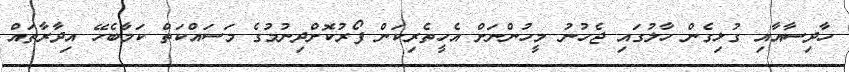
ހާދިސާއާއި ގުޅިގެން ހާލުގައި ޖެހުނު މީހުންނަށް އެހީތެރިކަން ފޯރުކޮށްދިނުމުގެ މަސައްކަތް ކަމާބެހޭ އިދާރާތައް